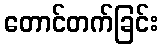
တောင်တက်ခြင်း